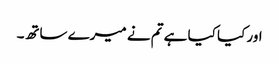
اور کیا کیا ہے تم نے میرے ساتھ۔